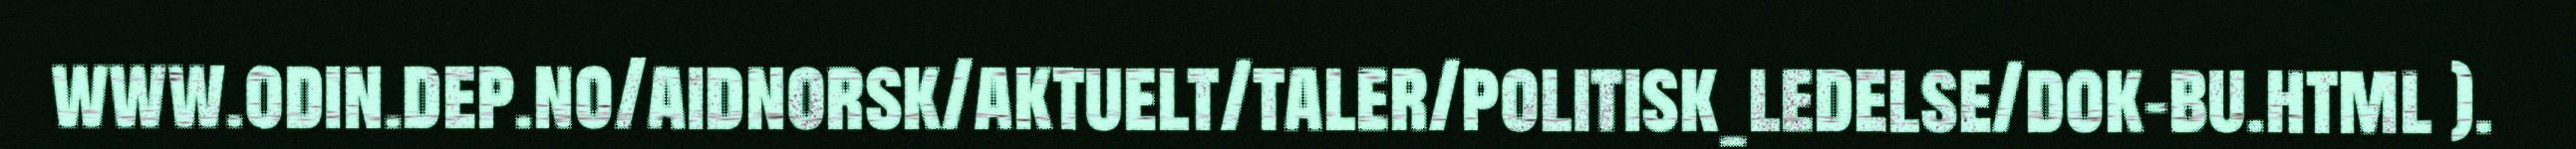
www.odin.dep.no/aidnorsk/aktuelt/taler/politisk_ledelse/dok-bu.html ).